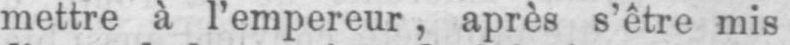
mettre à l’empereur, après s’être mis